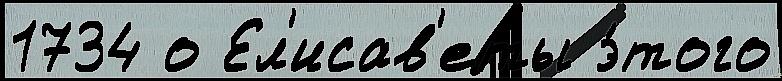
1734 о Ел'исав'еты э́того